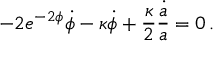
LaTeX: - 2 e ^ { - 2 \phi } \dot { \phi } - \kappa \dot { \phi } + \frac { \kappa } { 2 } \frac { \dot { a } } { a } = 0 \, .